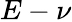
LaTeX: E-\nu